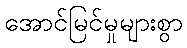
အောင်မြင်မှုများစွာ